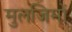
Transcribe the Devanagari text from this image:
मुलजिमों